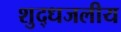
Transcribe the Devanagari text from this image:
शुद्धजलीय